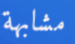
مشابهة